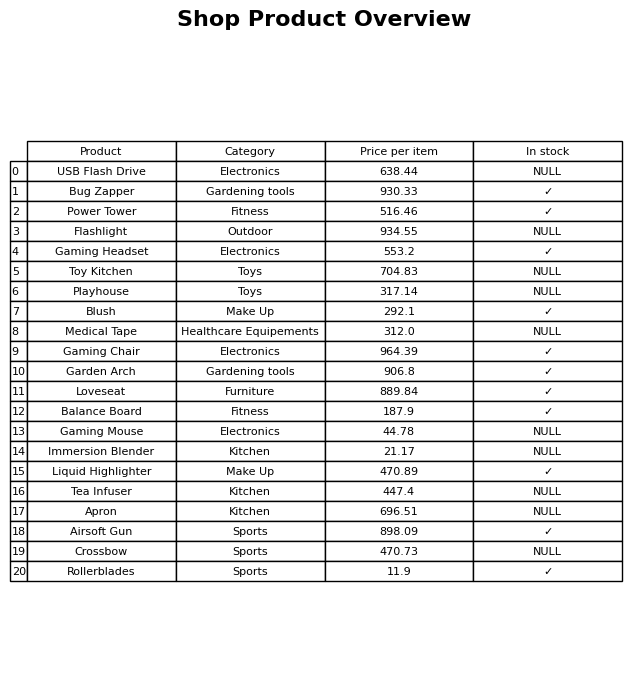
question: Which products are currently out of stock?
answer: USB Flash Drive, Flashlight, Toy Kitchen, Playhouse, Medical Tape, Gaming Mouse, Immersion Blender, Tea Infuser, Apron, Crossbow